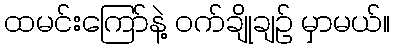
ထမင်းကြော်နဲ့ ဝက်ချိုချဉ် မှာမယ်။